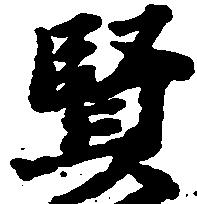
賢